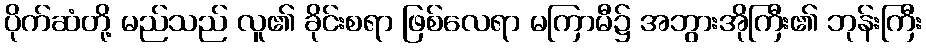
ပိုက်ဆံတို့ မည်သည် လူ၏ ခိုင်းစရာ ဖြစ်လေရာ မကြာမီ၌ အဘွားအိုကြီး၏ ဘုန်းကြီး